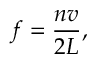
f = { \frac { n v } { 2 L } } ,